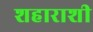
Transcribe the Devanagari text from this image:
शहाराशी